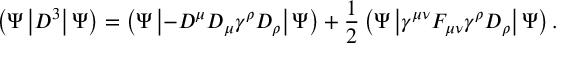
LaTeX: \left( \Psi \left| D ^ { 3 } \right| \Psi \right) = \left( \Psi \left| - D ^ { \mu } D _ { \mu } \gamma ^ { \rho } D _ { \rho } \right| \Psi \right) + \frac { 1 } { 2 } \left( \Psi \left| \gamma ^ { \mu \nu } F _ { \mu \nu } \gamma ^ { \rho } D _ { \rho } \right| \Psi \right) .